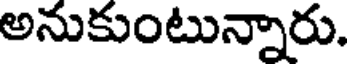
అనుకుంటున్నారు.